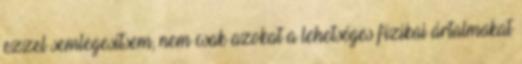
ezzel semlegesítsem, nem csak azokat a lehetséges fizikai ártalmakat